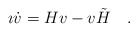
\begin{align*}\imath \dot{v} = H v - v \tilde{H} ~~~ .\end{align*}